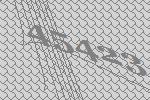
45423